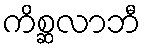
ကိစ္ဆလာဘီ